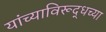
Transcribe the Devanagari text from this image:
यांच्याविरूद्धच्या